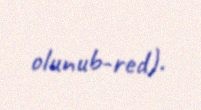
olunub-red).